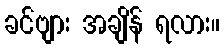
ခင်ဗျား အချိန် ရလား။